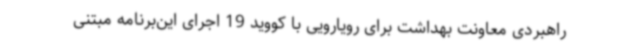
راهبردی معاونت بهداشت برای رویارویی با کووید 19 اجرای این‌برنامه مبتنی